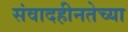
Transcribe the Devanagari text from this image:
संवादहीनतेच्या